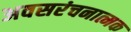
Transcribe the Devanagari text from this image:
अवसरंचनात्मक